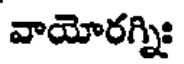
వాయోరగ్నిః